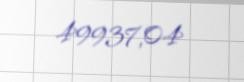
49937,04